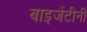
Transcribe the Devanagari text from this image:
बाइजेंटीनी